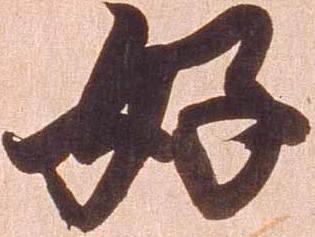
好